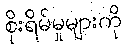
စိုးရိမ်မှုများကို